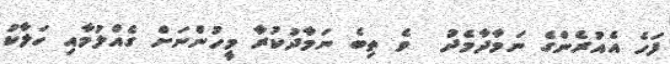
ފަހެ އެއުރެންގެ ނަމާދާމެދު  ވެ ތިބެ ނަމާދުކުރާ މީހުންނަށް ގެއްލުމާއި ހަލާކު